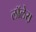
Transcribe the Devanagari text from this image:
लाॅलेस़